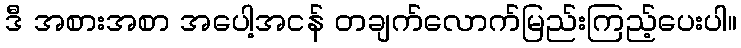
ဒီ အစားအစာ အပေါ့အငန် တချက်လောက်မြည်းကြည့်ပေးပါ။